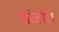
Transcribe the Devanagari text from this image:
संजोरी